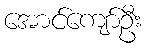
အောင်ကျော်ဦး